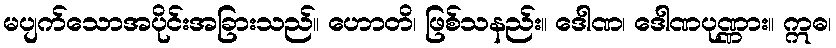
မပျက်သောအပိုင်းအခြားသည်။ ဟောတိ၊ ဖြစ်သနည်း။ ဒေါဏ၊ ဒေါဏပုဏ္ဏား။ ဣဓ၊